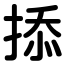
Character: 掭